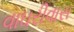
વાઘરીવાસ